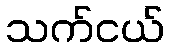
သက်ငယ်